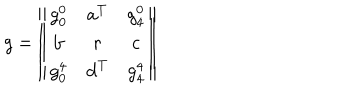
LaTeX: g = \left\| \begin{array} { c c c } { { g _ { 0 } ^ { 0 } } } & { { { \bf a } ^ { T } } } & { { g _ { 4 } ^ { 0 } } } \\ { { { \bf b } } } & { { r } } & { { { \bf c } } } \\ { { g _ { 0 } ^ { 4 } } } & { { { \bf d } ^ { T } } } & { { g _ { 4 } ^ { 4 } } } \\ \end{array} \right\| \